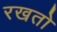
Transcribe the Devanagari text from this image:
रखतो